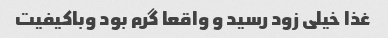
غذا خیلی زود رسید و واقعا گرم بود وباکیفیت